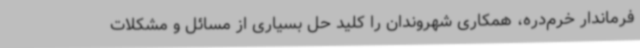
فرماندار خرم‌دره، همکاری شهروندان را کلید حل بسیاری از مسائل و مشکلات